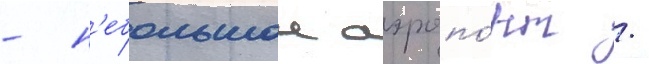
- н'ебольшои аэропо́рт /